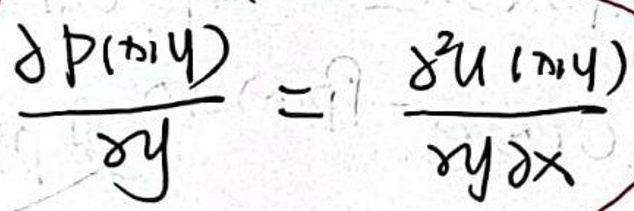
\[
\frac{\partial P(x,y)}{\partial y}=\frac{\partial^{2} U(x,y)}{\partial y\partial x}
\]